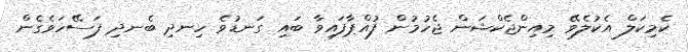
ކެމިކަލް އެކުލެވޭ މިއިންޖެކްޝަން ޖެހުމުން ފުއްޕާފައިވާ ބައި ގަނޑުވެ ހިނދި ބެނދި ފަސޭހަވެގެން